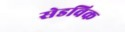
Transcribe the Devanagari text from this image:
सेडविक